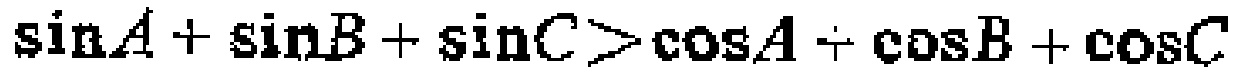
\(\sin A + \sin B + \sin C>\cos A + \cos B + \cos C\)